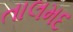
તાલમદ